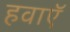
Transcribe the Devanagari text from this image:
हवाऍ